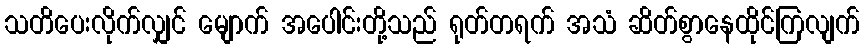
သတိပေးလိုက်လျှင် မျောက် အပေါင်းတို့သည် ရုတ်တရက် အသံ ဆိတ်စွာနေထိုင်ကြလျက်